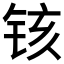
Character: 𫟺